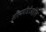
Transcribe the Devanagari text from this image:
सीएमपीडीआईएल